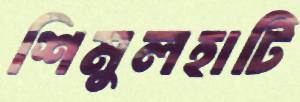
শিমুলহাটি